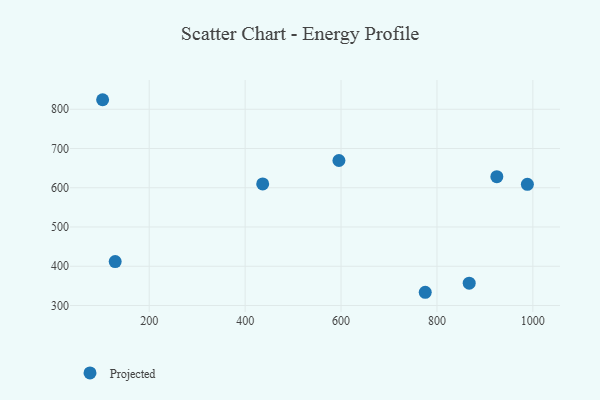
{"axis": {"x": "Price", "y": "Salary"}, "legend": ["Projected"], "data": [{"x": "129.0", "y": 411.9, "type": "Projected"}, {"x": "988.6", "y": 608.7, "type": "Projected"}, {"x": "867.3", "y": 357.0, "type": "Projected"}, {"x": "775.6", "y": 333.7, "type": "Projected"}, {"x": "436.6", "y": 609.8, "type": "Projected"}, {"x": "102.8", "y": 824.3, "type": "Projected"}, {"x": "924.9", "y": 628.2, "type": "Projected"}, {"x": "595.6", "y": 669.4, "type": "Projected"}]}